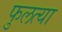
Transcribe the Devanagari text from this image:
फुलत्या